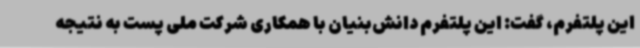
این پلتفرم، گفت: این پلتفرم دانش‌بنیان با همکاری شرکت ملی پست به نتیجه